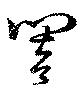
響